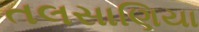
તલસાણિયા